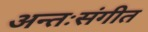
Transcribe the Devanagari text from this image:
अन्तःसंगीत